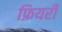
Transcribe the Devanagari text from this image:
फ्रियरी